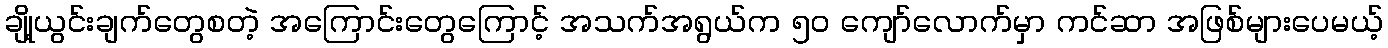
ချို့ယွင်းချက်တွေစတဲ့ အကြောင်းတွေကြောင့် အသက်အရွယ်က ၅၀ ကျော်လောက်မှာ ကင်ဆာ အဖြစ်များပေမယ့်